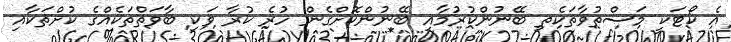
އެ ކޯޓަކީ މަސްތުވާތަކެތި ބޭނުންކުރުމާއި ބޭނުންކޮށްގެން ހުރެ ކުރާ ވަކި ބާވަތްތަކެއްގެ ކުށްތަކާއި